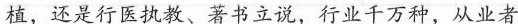
植，还是行医执教、著书立说，行业千万种，从业者